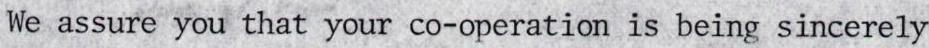
We assure you that your co-operation is being sincerely